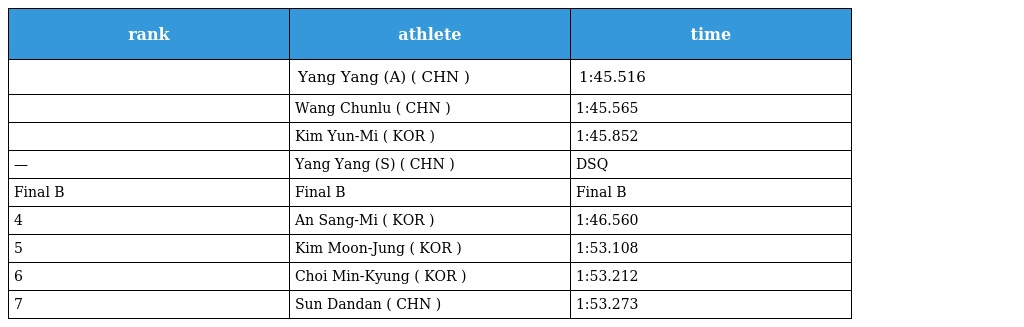
| rank | athlete | time |
 | --- | --- | --- |
 |  | Yang Yang (A) ( CHN ) | 1:45.516 |
 |  | Wang Chunlu ( CHN ) | 1:45.565 |
 |  | Kim Yun-Mi ( KOR ) | 1:45.852 |
 | — | Yang Yang (S) ( CHN ) | DSQ |
 | Final B | Final B | Final B |
 | 4 | An Sang-Mi ( KOR ) | 1:46.560 |
 | 5 | Kim Moon-Jung ( KOR ) | 1:53.108 |
 | 6 | Choi Min-Kyung ( KOR ) | 1:53.212 |
 | 7 | Sun Dandan ( CHN ) | 1:53.273 |